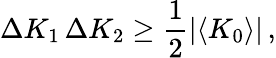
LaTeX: \Delta K_{1}\, \Delta K_{2}\geq\frac{1}{2}\vert\langle K_{0}\rangle\vert\, ,